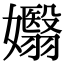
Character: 𡤖